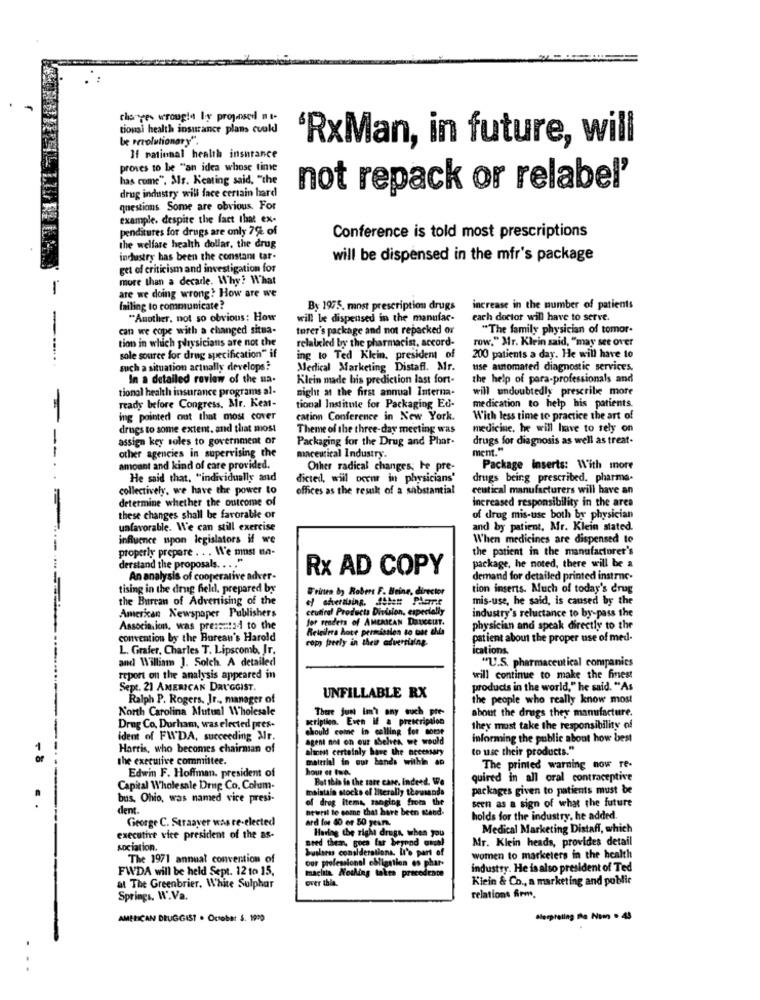
charges wrought by proposed ma-
tional health insurance plans couk
be perolutionary".
‘RxMan, in future, will
If national health insurance
proves to be "an idea whose time
has come", Sir. Keating said, "the
drug industry will face certain hard
not repack or relabel'
questions Some are obvious. For
example. despite the fact that ex-
penditures for drugs are only 79 of
Conference is told most prescriptions
the welfare health dollar, the drug
industry has been the constant tar.
will be dispensed in the mfr's package
get of criticism and investigation for
more than a decarle. Why? What
-
are we doing wrong? How are we
failing to communicate?
By 1975. most prescription drugs
increase in the number of patients
"Another, not so obvious: How
will be dispensed in the manufac-
each doctor will have to serve.
can we cope with a changed situa-
turer's package and not repacked or
"The family physician of tomor-
tion in which playsicians are not the
relaixled by the pharmacist, accord-
row," Mr. Klein said, "may see over
sole source for drug specification" if
ing to Ted Klein, president of
200 patients a day. He will have to
such a situation actually develops?
Medical Marketing Distaff. Mr.
use automated diagnostic services.
In a detailed review of the na-
Klein made his prediction last fort-
the help of para-professionals and
tional health insurance programs al-
night at the first annual Interna.
will undoubtedly prescribe more
ready before Congress. Mr. Keat-
tional Institute for Packaging Ed-
medication to help his patients.
ing pointed out that most cover
cation Conference in New York.
With less time to practice the art of
drugs to some extent, and that most
Theme of the three-day meeting was
medicine, he will have to rely on
assign key soles to government of
Packaging for the Drug and Phar-
drugs for diagnosis as well as treat.
ment."
other agencies in supervising the
maceutical Industry.
amount and kind of care provided.
Other radical changes; he pre-
Package inserts: With more
He said that. "individually and
dicted, will occur in physicians'
drugs being prescribed. pharma-
collectively, we have the power to
offices as the result of a substantial
ceutical manufacturers will have an
determine whether the outcome of
increased responsibility in the area
these changes shall be favorable or
of drug mis-use both by physician
unfavorable. We can still exercise
and by patient, Mr. Klein stated.
influence upon legislators if we
When medicines are dispensed to
properly prepare . . . We must na-
the patient in the manufacturer's
package, he noted, there will be a
derstand the proposals. ... "
Rx AD COPY
An analysis of cooperative adver-
demand for detailed printed instrne-
tising in the drug feld, prepared by
Urinen by Robert F. Beine, director
tion inserts. Much of today's drug
the Burcan of Advertising of the
mis-use, he said, is caused by the
ceutical Products Division, especially
American Newspaper Publishers
Jer readers of AMERICAN DaUCCHIT.
industry's reluctance to by-pass the
Association, was pressstad to the
Releilma have permission to tat chia
physician and speak directly to the
convention by the Burean's Harold
copy freely in their advertising.
patient about the proper use of med-
L. Grafer, Charles T. Lipscomb, Ir.
ications.
and William J. Solch. A detailed
"U.S. pharmaceutical companies
report on the analysis appeared in
will continue to make the finest
Sept. 21 AMERICAN DRUGGIST.
products in the world," he said. "As
Ralph P. Rogers, Jr ., manager of
UNFILLABLE RX
the people who really know most
North Carolina Mutual Wholesale
There juni imi any such pre-
about the drugs they manufacture.
geriptien. Even if a prescription
Drug Co. Durham, was elected pres-
should come in calling for sotit
they must take the responsibility of
ident of FW'DA, succeeding Air.
agent not on our Sehen we would
informing the public about how best
Harris, who becomes chairman of
alinest certainly have the necessary
to use their products."
the executive committee.
material in our bands within an
Edwin F. Hoffman. president of
hour er tsa.
The printed warning now re-
But this in the sare case, indeed. We
quired in all oral contraceptive
Capital Wholesale Drup Co. Colum-
maintain stocks of literally thousands
packages given to patients must be
bus, Ohio, was named vice presi-
of drog items, ranging from the
seen as a sign of what the future
dent.
neural le come that have been stand-
George C. Straaver was re-elected
ard los 80 er 50 years.
holds for the industry, he added.
Having the right drugs, when you
Medical Marketing Distaff, which
executive vice president of the as-
sred them, gues far beyond uma!
Mr. Klein heads, provides detail
sociation.
busleres considerations. L'% part of
The 1971 annual convention of
women to marketers in the health
FWDA will be held Sept. 12 10 15,
our professional obligation es phar-
industry. He isalso president of Ted
machia. Nothing takra precedente
over this.
Kiein & Co ., a marketing and public
at The Greenbrier, White Sulphar
Springs. W.Va.
relations fem.
AMERICAN DEUGGIST . October S. 1900
Sleepreling The Num . 43